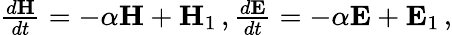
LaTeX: \begin{array}{r}{\frac{d\mathbf{H}}{dt}=-\alpha\mathbf{H}+\mathbf{H}_{1}\, ,\frac{d\mathbf{E}}{dt}=-\alpha\mathbf{E}+\mathbf{E}_{1}}\end{array}\, ,